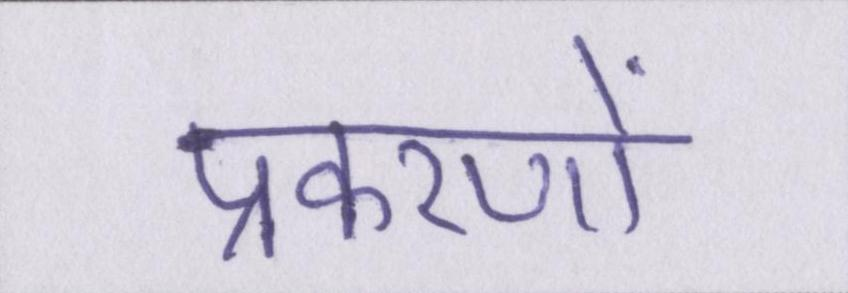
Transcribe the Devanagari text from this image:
प्रकरणों